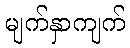
မျက်နှာကျက်